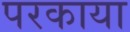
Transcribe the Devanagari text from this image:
परकाया